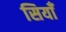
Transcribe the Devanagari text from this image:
सियाँ